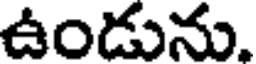
ఉండును.